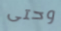
وحتى